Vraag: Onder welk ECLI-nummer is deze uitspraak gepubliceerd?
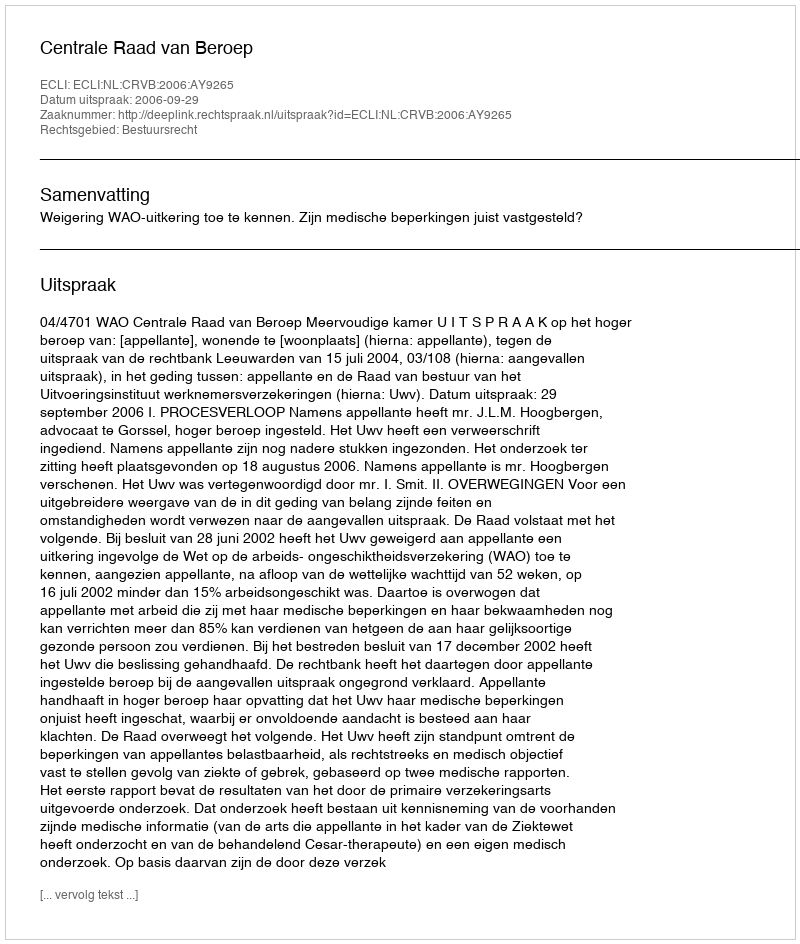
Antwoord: ECLI:NL:CRVB:2006:AY9265